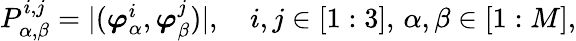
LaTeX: \begin{array}{r}{P_{\alpha,\beta}^{i,j}=|(\boldsymbol{\varphi}_{\alpha}^{i},\boldsymbol{\varphi}_{\beta}^{j})|,\quad i,j\in[1:3],\, \alpha,\beta\in[1:M],}\end{array}